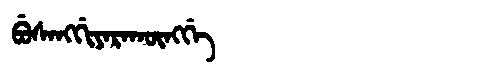
Manchu: ᠪᡠᠰᠠᠩᡤᡳᠶᠠᡵᠠᡴᡡᠩᡤᡝ
Romanization: BUSANGGIYARAKŪNGGE